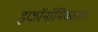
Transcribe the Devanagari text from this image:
इकॉनॉमिक्सला